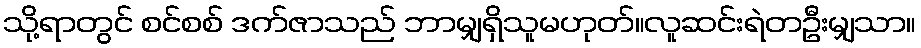
သို့ရာတွင် စင်စစ် ဒက်ဇာသည် ဘာမျှရှိသူမဟုတ်။လူဆင်းရဲတဦးမျှသာ။